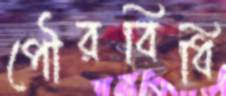
পৌরবিধি